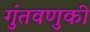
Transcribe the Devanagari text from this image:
गुंतवणुकी